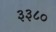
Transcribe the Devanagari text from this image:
३३८०